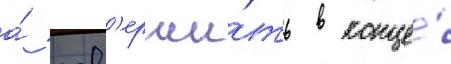
а́ зав'ерши́ть в конце́